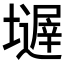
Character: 𱘒